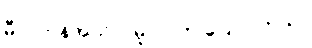
မီလ်တန်အယ်လ်မူလာက ပြောပါတယ်။